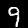
Digit: 9